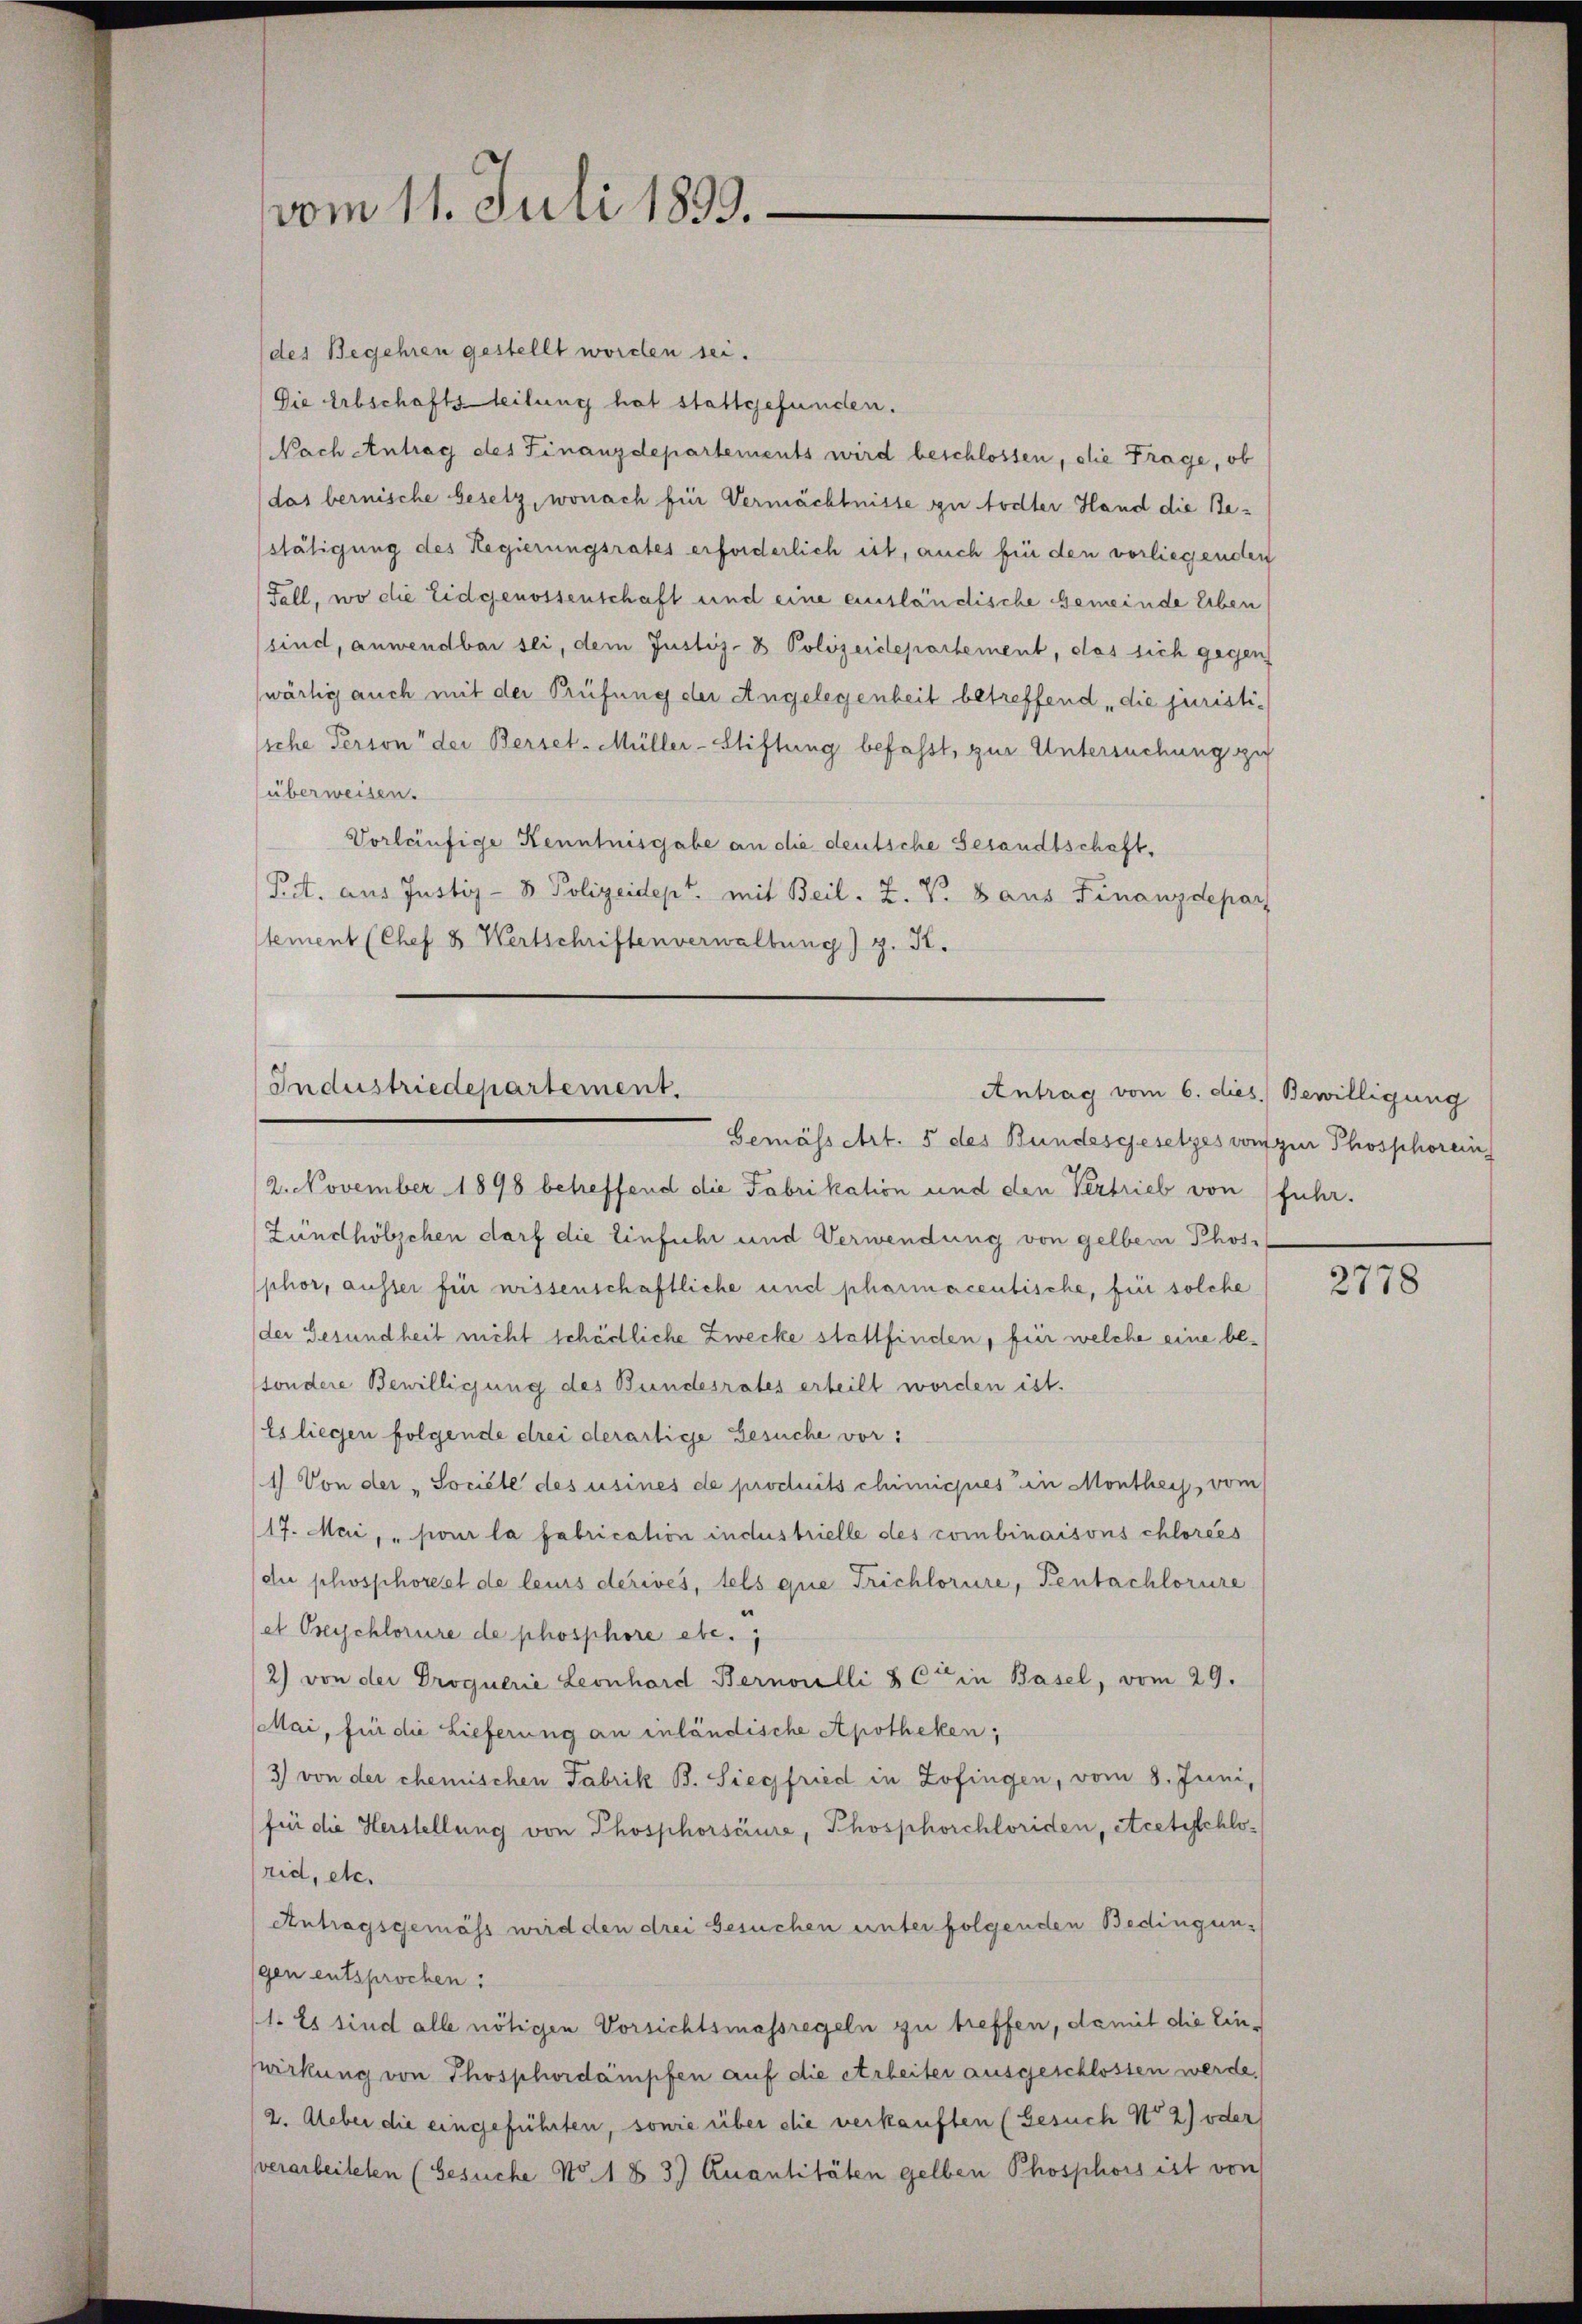
vom 11. Juli 1899.

(des Begehren gestellt worden sei.
Die Erbschaftsteilung hat stattgefunden.
Nach Antrag des Finanzdepartements wird beschlossen, die Frage, ob
das bernische Gesetz, wonach für Vermächtnisse zu todter Hand die Bestätigung des Regierungsrates erforderlich ist, auch fü den vorliegenden
Fall, wo die Eidgenossenschaft und eine ausländische Gemeinde Eben
sind, anwendbar sei, dem Justiz- & Polizeidepartement, das sich gegen
wärtig auch mit der Prüfung der Angelegenheit betreffend die juristisiche Person der Berset-Müller-Stiftung befasst, zur Untersuchung zu
(überweisen.
Vorläufige Kenntnisgabe an die deutsche Gesandtschaft,
PA. aus Justiz- & Polizeidept. mit Beil. Z. V. 8 aus Finanzdepar
tement (Chef & Wertschriften verwaltung) z. R.
Industriedepartement.
Antrag vom 6. dies Bewilligung

Gemässert. 5 des Bundesgesetzes von zur Phosphorein

2. November 1898 betreffend die Fabrikation und den Vertrieb von fuhr.
Zündhölzchen darf die Einfuhr und Verwendung von gelben Phosphor, ausser für wissenschaftliche und pharmacentische, für solche
der Gesundheit nicht schädliche Zwecke stattfinden, für welche eine besondere Bewilligung des Bundesrates erteilt worden ist.
Es liegen folgende drei derartige Gesuche vor:
1) Von der "Société des usines de produits chimicies in Monthey, vom
17. Mai, " pour la fabrication industrielle des combinaisons Chlorées
die schosphorest de leurs derives, tels que Trichlorire, Pentschlorire
et Oserschlorire de phosphore etc.
2) von der Droguerie Leonhard Bernoulli & Cie in Basel, vom 29.
Mai, für die Lieferung an inländische Apotheken,
3) von der chemischen Fabrik B. Siegfried in Zofingen, vom 8. Juni,
für die Herstellung von Phosphorsciure, Phosphorchloriden, Acetischlorid, etc.
Antragsgemäss wird den drei Gesuchen unter folgenden Bedingungen entsprochen:
(1. Es sind alle nötigen Vorsichtsmassregeln zu treffen, damit die Einrkung von Thosphordämpfen auf die erbeiter ausgeschlossen werde.
2. Ueber die eingeführten, sowie über die verkauften (Gesuch No 2) oder
verarbeiteten (Gesuche No. 183. Quantitäten gelben Phosphors ist von

2778